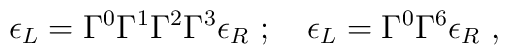
\epsilon_L=\Gamma^0\Gamma^1\Gamma^2\Gamma^3\epsilon_R\ ;\quad \epsilon_L=\Gamma^0\Gamma^6 \epsilon_R\ ,